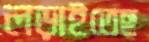
লড়াইতেছ